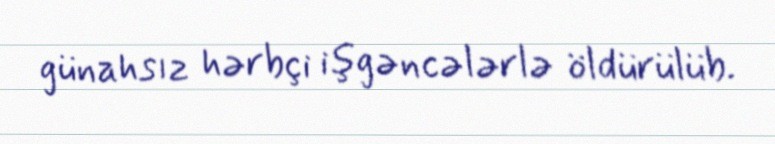
günahsız hərbçi işgəncələrlə öldürülüb.